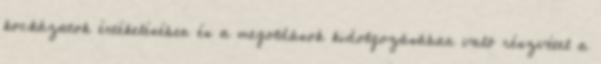
kockázatok értékelésében és a megoldások kidolgozásában való részvétel a